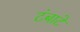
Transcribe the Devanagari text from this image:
टंबाटे